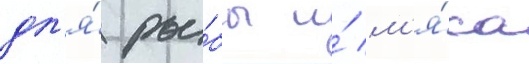
дл'я́ ры́бы и́ м'я́са